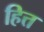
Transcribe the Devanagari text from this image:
हित्त